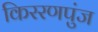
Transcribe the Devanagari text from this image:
किररणपुंज